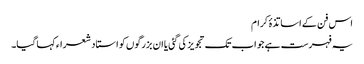
اس فن کے اساتذۂ کرام
یہ فہرست ہے جو اب تک تجویز کی گئی یا ان بزرگوں کو استاد شعراء کہا گیا۔